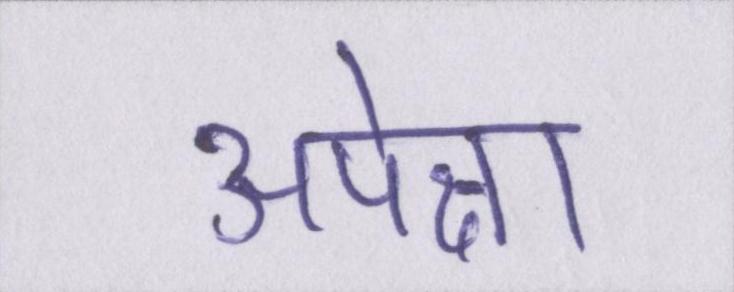
अपेक्षा